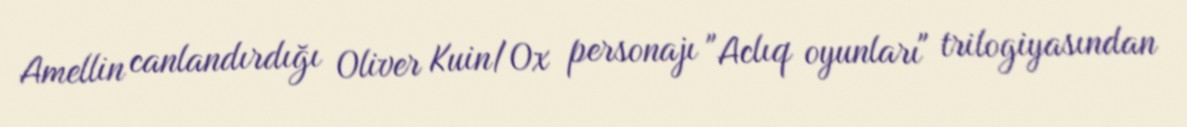
Amellin canlandırdığı Oliver Kuin/Ox personajı "Aclıq oyunları" trilogiyasından